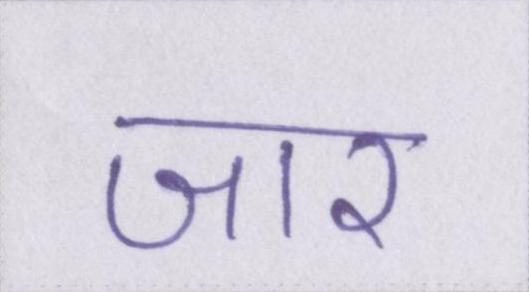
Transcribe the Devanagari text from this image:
जार